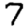
Digit: 7